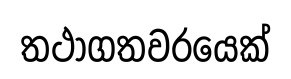
තථාගතවරයෙක්